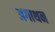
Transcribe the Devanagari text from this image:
अगाथन